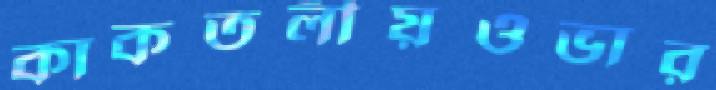
কাকতলীয়ওভার